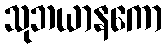
သုဘယာနကော